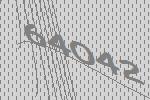
64042